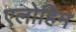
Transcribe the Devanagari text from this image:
एलोहिम